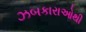
ઝબકારાઓથી